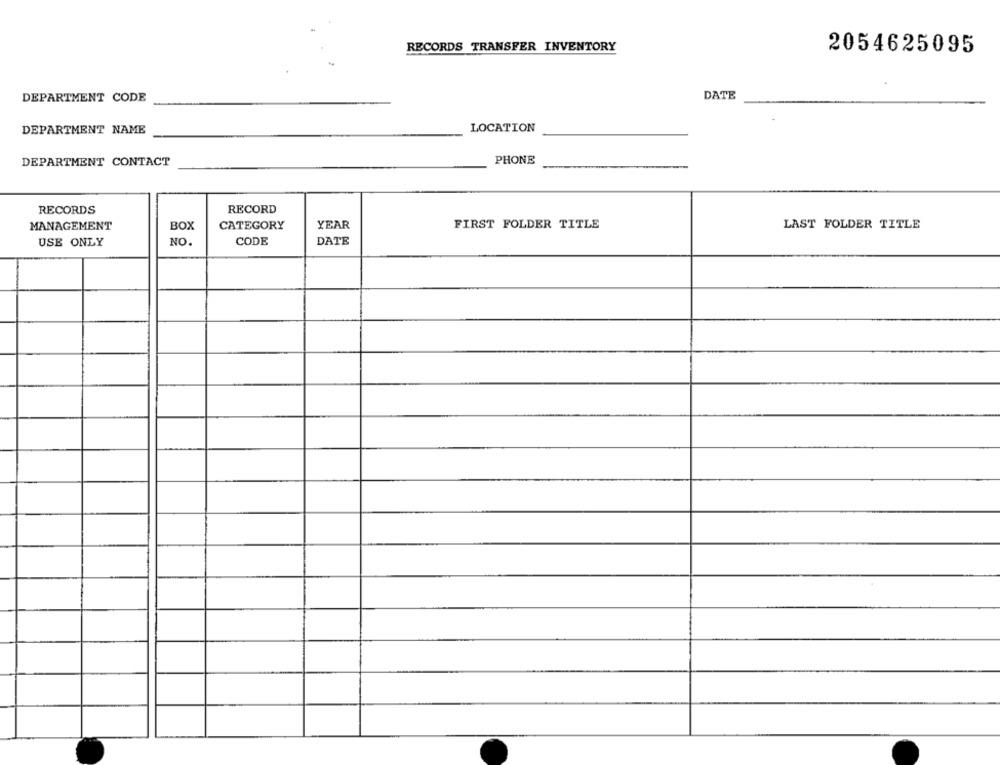
RECORDS TRANSFER INVENTORY
2054625095
DEPARTMENT CODE
DATE
DEPARTMENT NAME
LOCATION
PHONE
DEPARTMENT CONTACT
RECORDS
RECORD
MANAGEMENT
BOX
CATEGORY
YEAR
FIRST FOLDER TITLE
LAST FOLDER TITLE
USE ONLY
NO.
CODE
DATE